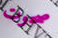
صحوت